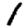
Digit: 1